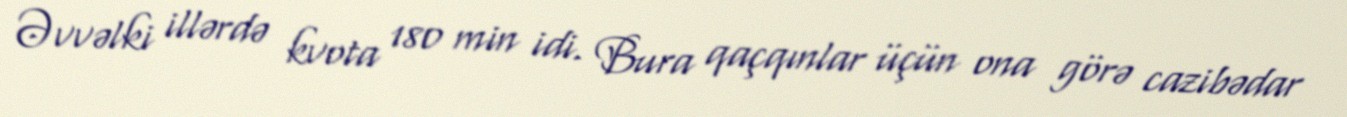
Əvvəlki illərdə kvota 180 min idi. Bura qaçqınlar üçün ona görə cazibədar